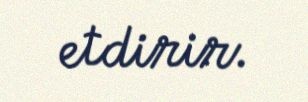
etdirir.